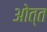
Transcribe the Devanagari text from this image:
ओत्त